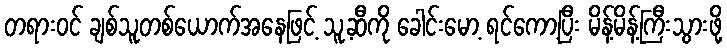
တရားဝင် ချစ်သူတစ်ယောက်အနေဖြင့် သူ့ဆီကို ခေါင်းမော့ ရင်ကော့ပြီး မိန့်မိန့်ကြီးသွားဖို့